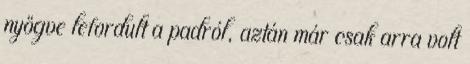
nyögve lefordult a padról, aztán már csak arra volt